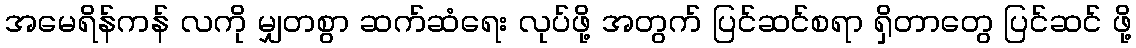
အမေရိန်ကန် လကို မျှတစွာ ဆက်ဆံရေး လုပ်ဖို့ အတွက် ပြင်ဆင်စရာ ရှိတာတွေ ပြင်ဆင် ဖို့